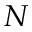
N